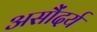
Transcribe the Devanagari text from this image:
असौंदर्य